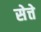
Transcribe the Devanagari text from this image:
सेत्ते